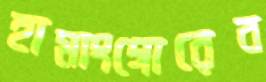
হামাংগোরেব